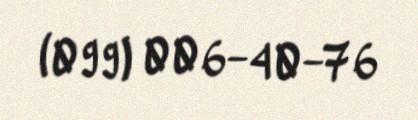
(099) 006-40-76